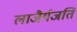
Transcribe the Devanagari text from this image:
लाजैर्यजति